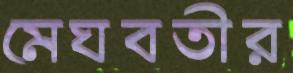
মেঘবতীর